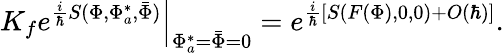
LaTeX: \left.K_{f}e^{{\frac{i}{\hbar}}S(\Phi,\Phi_{a}^{*},\bar{\Phi})}\right|_{\Phi_{a}^{*}=\bar{\Phi}=0}=e^{{\frac{i}{\hbar}}[S(F(\Phi),0,0)+O(\hbar)]}.